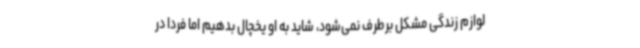
لوازم زندگی مشکل برطرف نمی‌شود، شاید به او یخچال بدهیم اما فردا در